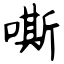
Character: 嘶